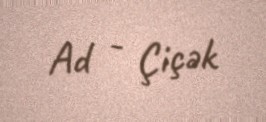
Ad - Çiçək